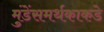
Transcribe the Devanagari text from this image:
मुंडेंसमर्थकाकडे